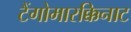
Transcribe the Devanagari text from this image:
टैंगोमारक्किनाट